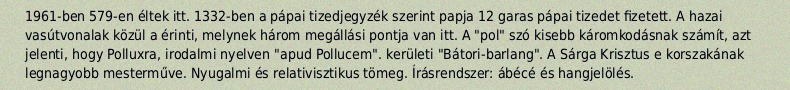
1961-ben 579-en éltek itt. 1332-ben a pápai tizedjegyzék szerint papja 12 garas pápai tizedet fizetett. A hazai vasútvonalak közül a érinti, melynek három megállási pontja van itt. A "pol" szó kisebb káromkodásnak számít, azt jelenti, hogy Polluxra, irodalmi nyelven "apud Pollucem". kerületi "Bátori-barlang". A Sárga Krisztus e korszakának legnagyobb mesterműve. Nyugalmi és relativisztikus tömeg. Írásrendszer: ábécé és hangjelölés.